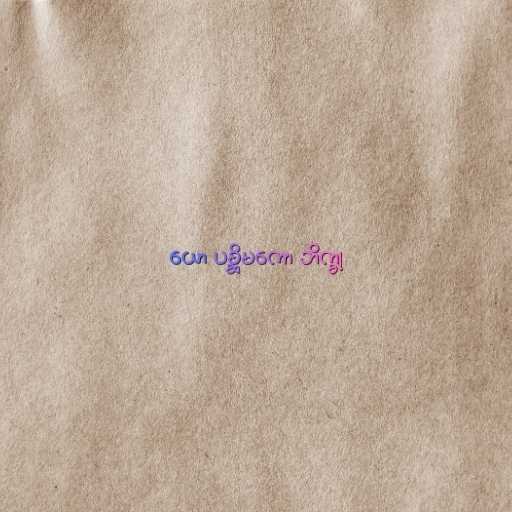
ယော ပစ္ဆိမကော ဘိက္ခု